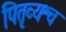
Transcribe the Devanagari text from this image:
पितृव्यश्च